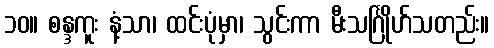
၁၀။ စန္ဒကူး နံ့သာ၊ ထင်းပုံမှာ၊ သွင်းကာ မီးသင်္ဂြိုဟ်သတည်း။